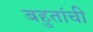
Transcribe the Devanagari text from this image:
बहुतांची